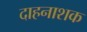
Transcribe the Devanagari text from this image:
दाहनाशक